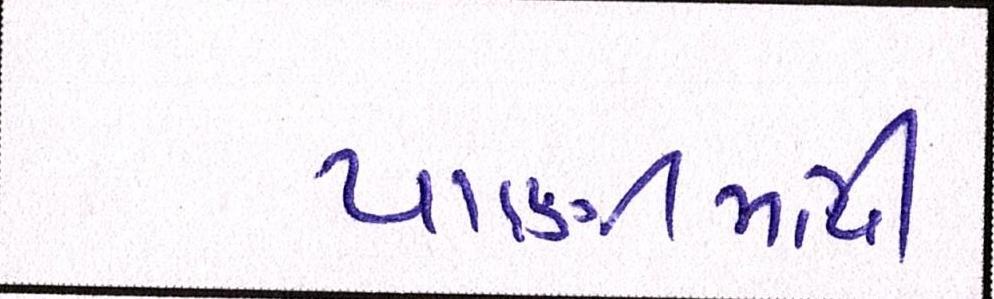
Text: પાણીમાંથી